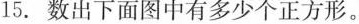
15.数出下面图中有多少个正方形。